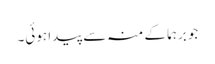
جو برہما کے منہ سے پیدا ہوئی۔